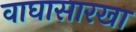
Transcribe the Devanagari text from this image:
वाघासारखा